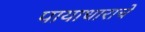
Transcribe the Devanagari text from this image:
पायाधाराचे